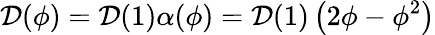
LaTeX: \mathcal{D}(\phi)=\mathcal{D}(1)\alpha(\phi)=\mathcal{D}(1)\left(2\phi-\phi^{2}\right)